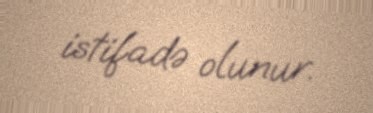
istifadə olunur.